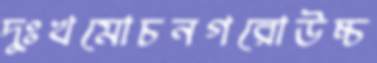
দুঃখমোচনগরোউচ্চ